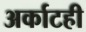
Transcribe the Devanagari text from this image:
अर्काटही